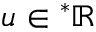
u \in { } ^ { \ast } \mathbb { R }